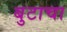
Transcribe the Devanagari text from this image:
बुटाचा